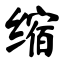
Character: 缩